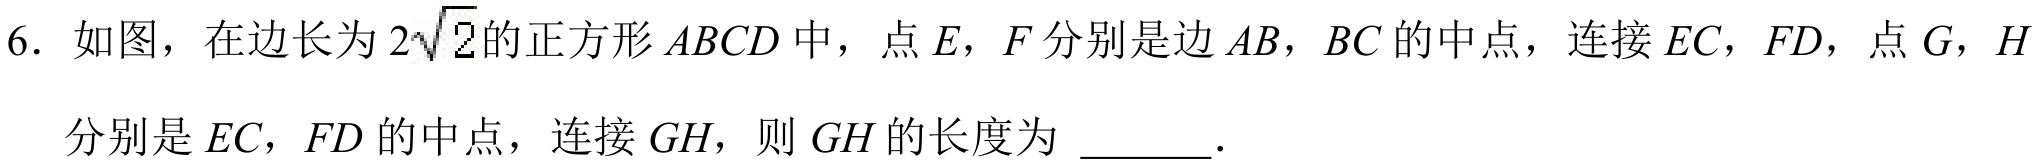
6. 如图，在边长为\(2\sqrt{2}\)的正方形\(ABCD\)中，点\(E\)，\(F\)分别是边\(AB\)，\(BC\)的中点，连接\(EC\)，\(FD\)，点\(G\)，\(H\)
分别是\(EC\)，\(FD\)的中点，连接\(GH\)，则\(GH\)的长度为  ．